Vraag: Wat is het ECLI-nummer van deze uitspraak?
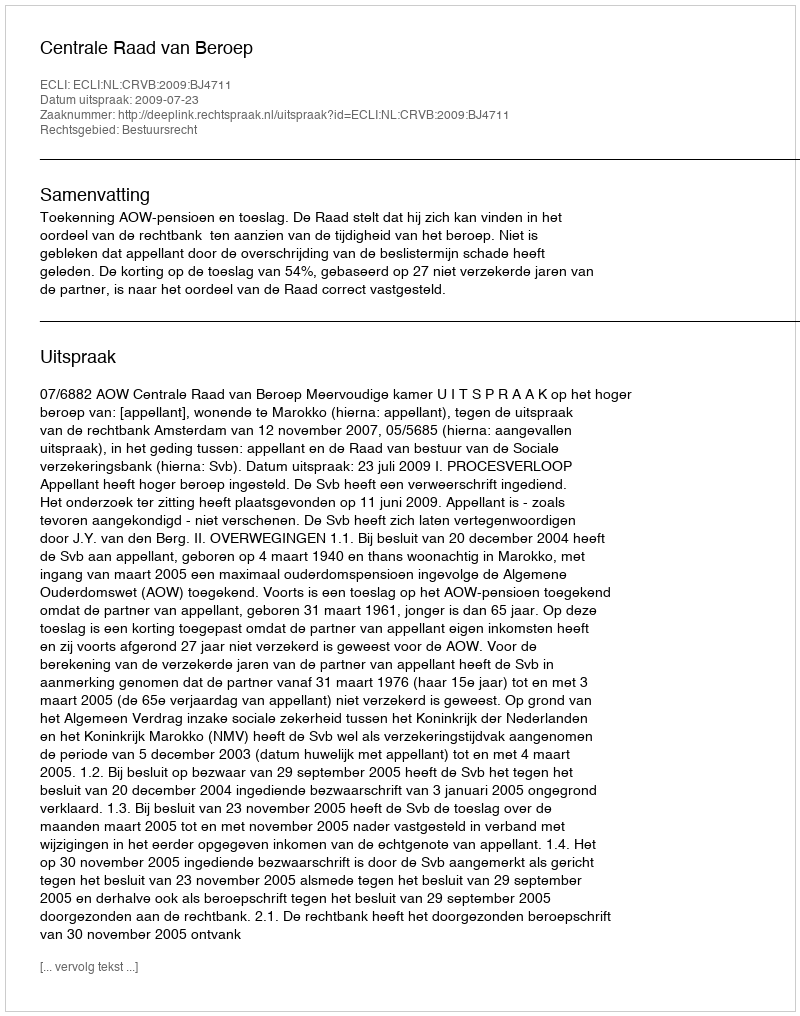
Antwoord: ECLI:NL:CRVB:2009:BJ4711